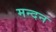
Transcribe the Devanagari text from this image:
मन्दन